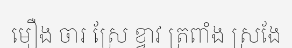
មឿង ចារ ស្រែ ខ្វាវ ត្រពាំង ស្រងែ